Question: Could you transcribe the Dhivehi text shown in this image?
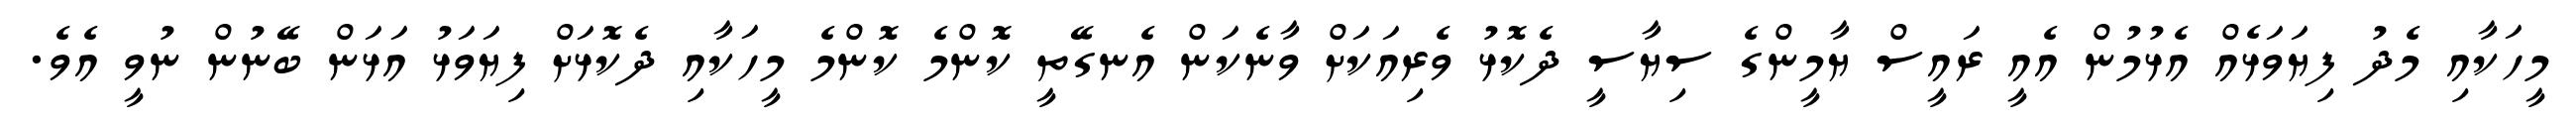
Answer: މީހަކާއި މެދު ފިޔަވަޅެއް އެޅުމުން އެއީ ރައީސް ޔާމީންގެ ސިޔާސީ ދެކޮޅު ވެރިއަކަށް ވާނެކަން އެނގޭތީ ކޮންމެ ކޮންމެ މީހަކާއި ދެކޮޅަށް ފިޔަވަޅު އަޅަން ބޭނުން ނުވީ އެވެ.